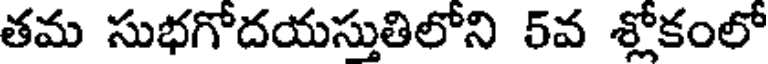
తమ సుభగోదయస్తుతిలోని 5వ శ్లోకంలో